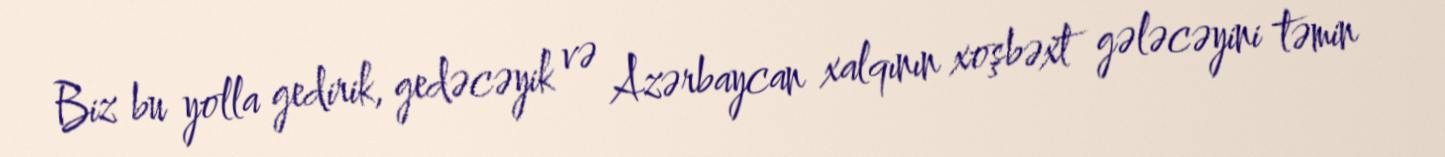
Biz bu yolla gedirik, gedəcəyik və Azərbaycan xalqının xoşbəxt gələcəyini təmin